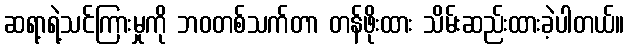
ဆရာ့ရဲ့သင်ကြားမှုကို ဘဝတစ်သက်တာ တန်ဖိုးထား သိမ်းဆည်းထားခဲ့ပါတယ်။